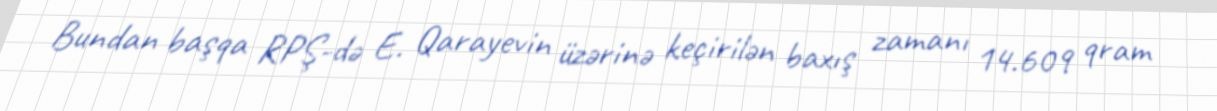
Bundan başqa RPŞ-də E. Qarayevin üzərinə keçirilən baxış zamanı 14.609 qram